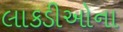
લાકડીઓના